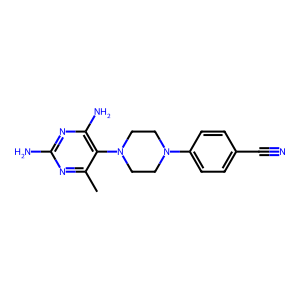
SMILES: Cc1nc(N)nc(N)c1N1CCN(c2ccc(C#N)cc2)CC1
Inhibits HIV replication: No